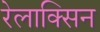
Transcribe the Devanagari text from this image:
रेलाक्सिन